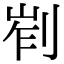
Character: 𠜿